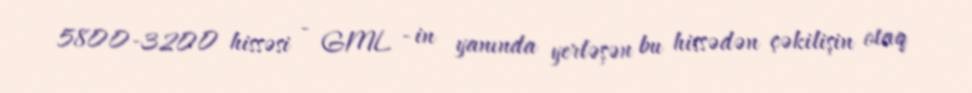
5800-3200 hissəsi - GML - in yanında yerləşən bu hissədən çəkilişin otaq